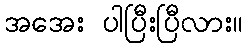
အအေး ပါပြီးပြီလား။